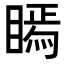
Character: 𭿖